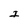
Character: I